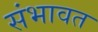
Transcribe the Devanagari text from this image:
संभावत